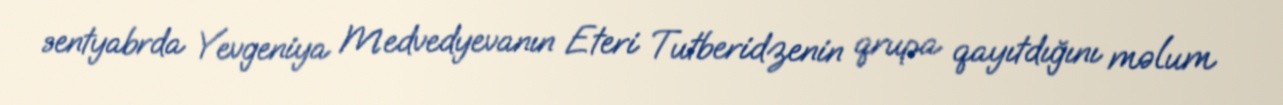
sentyabrda Yevgeniya Medvedyevanın Eteri Tutberidzenin qrupa qayıtdığını məlum